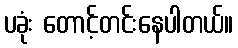
ပခုံး တောင့်တင်းနေပါတယ်။